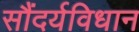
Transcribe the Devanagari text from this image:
सौंदर्यविधान